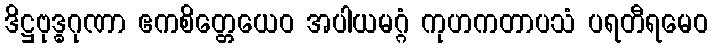
ဒိဋ္ဌဗုဒ္ဓဂုဏာ ဧကစိတ္တေယေဝ အပါယမဂ္ဂံ ကုဟကတာပသံ ပရတီရမေဝ